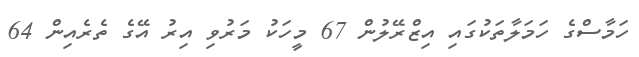
ހަމާސްގެ ހަމަލާތަކުގައި އިޒްރޭލުން 67 މީހަކު މަރުވި އިރު އޭގެ ތެރެއިން 64